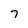
Character: 7